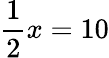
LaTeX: \frac{1}{2}x=10